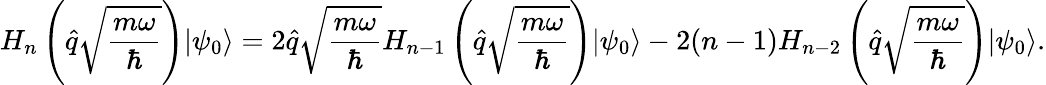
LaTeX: H_{n}\left(\hat{q}\sqrt{\frac{m\omega}{\hbar}}\right)|\psi_{0}\rangle=2\hat{q}\sqrt{\frac{m\omega}{\hbar}}H_{n-1}\left(\hat{q}\sqrt{\frac{m\omega}{\hbar}}\right)|\psi_{0}\rangle-2(n-1)H_{n-2}\left(\hat{q}\sqrt{\frac{m\omega}{\hbar}}\right)|\psi_{0}\rangle.